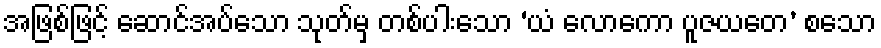
အဖြစ်ဖြင့် ဆောင်အပ်သော သုတ်မှ တစ်ပါးသော ‘ယံ လောကော ပူဇယတေ’ စသော